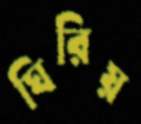
ঘিরিয়